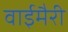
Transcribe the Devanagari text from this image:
वाईमैरी